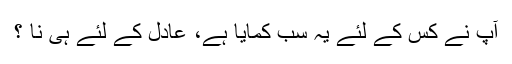
آپ نے کس کے لئے یہ سب کمایا ہے، عادل کے لئے ہی نا ؟